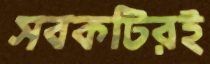
সবকটিরই